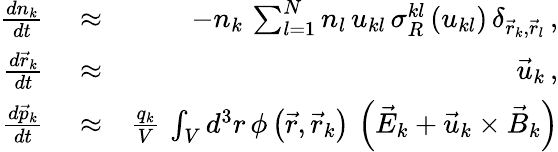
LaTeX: \begin{array}{rlr}{\frac{dn_{k}}{dt}}&{{}\approx}&{-n_{k}\, \sum_{l=1}^{N}n_{l}\, u_{kl}\, \sigma_{R}^{kl}\left(u_{kl}\right)\, \delta_{\vec{r}_{k},\vec{r}_{l}}\, ,}\\ {\frac{d\vec{r}_{k}}{dt}}&{{}\approx}&{\vec{u}_{k}\, ,}\\ {\frac{d\vec{p}_{k}}{dt}}&{{}\approx}&{\frac{q_{k}}{V}\, \int_{V}d^{3}r\, \phi\left(\vec{r},\vec{r}_{k}\right)\, \left(\vec{E}_{k}+\vec{u}_{k}\times\vec{B}_{k}\right)}\end{array}